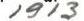
1913